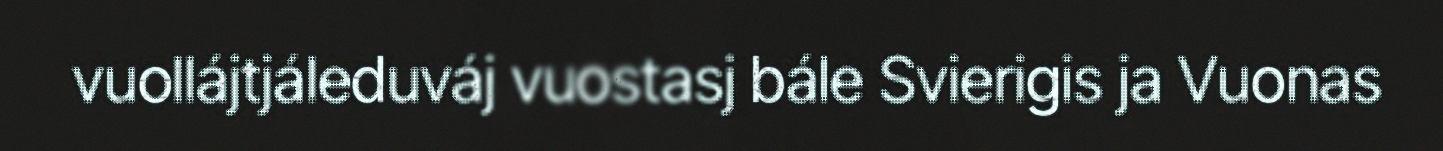
vuollájtjáleduváj vuostasj bále Svierigis ja Vuonas